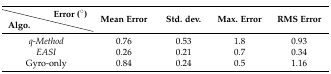
<table><thead><tr><td></td><td><b>Error (°)</b></td><td rowspan="2"><b>Mean Error</b></td><td rowspan="2"><b>Std. dev.</b></td><td rowspan="2"><b>Max. Error</b></td><td rowspan="2"><b>RMS Error</b></td></tr><tr><td><b>Algo.</b></td><td></td></tr></thead><tbody><tr><td colspan="2"><i>q-Method</i></td><td>0.76</td><td>0.53</td><td>1.8</td><td>0.93</td></tr><tr><td colspan="2"><i>EASI </i></td><td>0.26</td><td>0.21</td><td>0.7</td><td>0.34</td></tr><tr><td colspan="2">Gyro-only</td><td>0.84</td><td>0.24</td><td>0.5</td><td>1.16</td></tr></tbody></table>